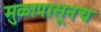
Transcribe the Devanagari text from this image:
मुळापासूनच